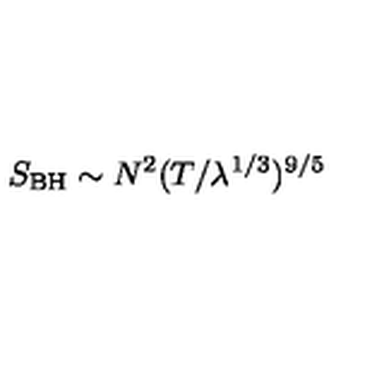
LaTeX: S _ { \mathrm { B H } } \sim N ^ { 2 } ( T / \lambda ^ { 1 / 3 } ) ^ { 9 / 5 }